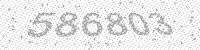
Solution: 586803